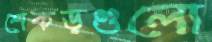
শেকড়গুলো